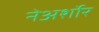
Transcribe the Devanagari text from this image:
नेअर्शोर